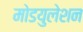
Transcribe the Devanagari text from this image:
मोडयुलेशन